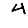
Digit: 4